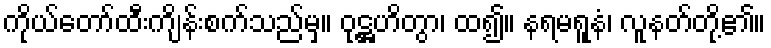
ကိုယ်တော်ထီးကျိန်းစက်သည်မှ။ ဝုဋ္ဌဟိတွာ၊ ထ၍။ နရမရူနံ၊ လူနတ်တို့၏။